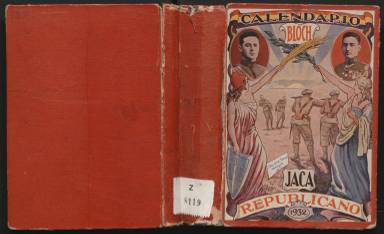
Título: Bloc Jaca
Otros títulos: Calendario republicano, bloc Jaca || Bloch Jaca || Calendario bloch Jaca republicano
Colección: Almanaques
Ámbito geográfico: Barcelona
Lugar de publicación: Barcelona
Fechas: 01/01/1932-31/12/1932